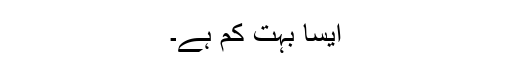
ایسا بہت کم ہے۔